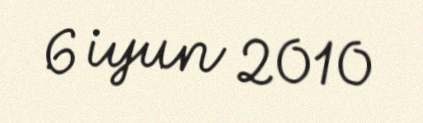
6 iyun 2010